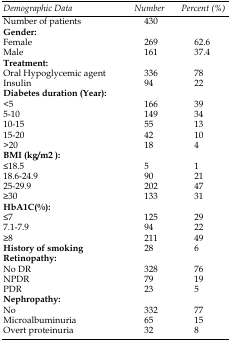
<table><thead><tr><td><b>Demographic Data</b></td><td><b>Number</b></td><td><b>Percent (%)</b></td></tr></thead><tbody><tr><td>Number of patients</td><td>430</td><td></td></tr><tr><td>Gender:</td><td></td><td></td></tr><tr><td>Female</td><td>269</td><td>62.6</td></tr><tr><td>Male</td><td>161</td><td>37.4</td></tr><tr><td>Treatment:</td><td></td><td></td></tr><tr><td>Oral Hypoglycemic agent</td><td>336</td><td>78</td></tr><tr><td>Insulin</td><td>94</td><td>22</td></tr><tr><td>Diabetes duration (Year):</td><td></td><td></td></tr><tr><td>&lt;5</td><td>166</td><td>39</td></tr><tr><td>5-10</td><td>149</td><td>34</td></tr><tr><td>10-15</td><td>55</td><td>13</td></tr><tr><td>15-20</td><td>42</td><td>10</td></tr><tr><td>&gt;20</td><td>18</td><td>4</td></tr><tr><td>BMI( kg/m2 ):</td><td></td><td></td></tr><tr><td>≤18.5</td><td>5</td><td>1</td></tr><tr><td>18.6-24.9</td><td>90</td><td>21</td></tr><tr><td>25-29.9</td><td>202</td><td>47</td></tr><tr><td>≥30</td><td>133</td><td>31</td></tr><tr><td>HbA1C(%):</td><td></td><td></td></tr><tr><td>≤7</td><td>125</td><td>29</td></tr><tr><td>7.1-7.9</td><td>94</td><td>22</td></tr><tr><td>≥8</td><td>211</td><td>49</td></tr><tr><td>History of smoking</td><td>28</td><td>6</td></tr><tr><td>Retinopathy:</td><td></td><td></td></tr><tr><td>No DR</td><td>328</td><td>76</td></tr><tr><td>NPDR</td><td>79</td><td>19</td></tr><tr><td>PDR</td><td>23</td><td>5</td></tr><tr><td>Nephropathy:</td><td></td><td></td></tr><tr><td>No</td><td>332</td><td>77</td></tr><tr><td>Microalbuminuria</td><td>65</td><td>15</td></tr><tr><td>Overt proteinuria</td><td>32</td><td>8</td></tr></tbody></table>